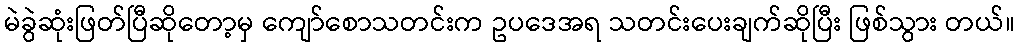
မဲခွဲဆုံးဖြတ်ပြီဆိုတော့မှ ကျော်စောသတင်းက ဥပဒေအရ သတင်းပေးချက်ဆိုပြီး ဖြစ်သွား တယ်။